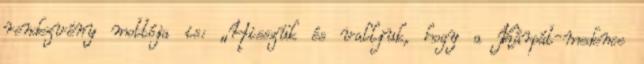
rendezvény mottója is: „Hisszük és valljuk, hogy a Kárpát-medence